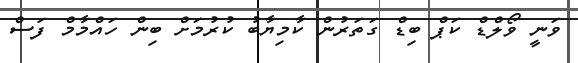
ވަނީ ވޯލްޑް ކަޕް ބިޑް ގަތަރުން ކާމިޔާބު ކުރުމަށް ބިން ހައްމާމް ފަސް